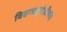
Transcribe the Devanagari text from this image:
विदग्धपुरंध्रीवत्